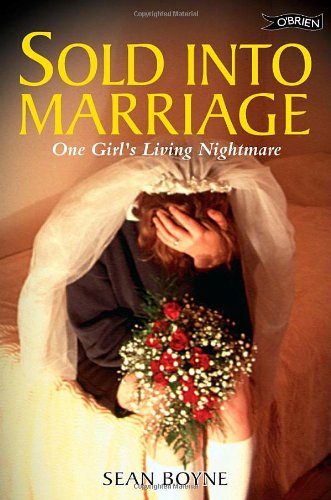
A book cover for Sold into Marriage: One Girl's Living Nightmare; Sean Boyne; Biographies & Memoirs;